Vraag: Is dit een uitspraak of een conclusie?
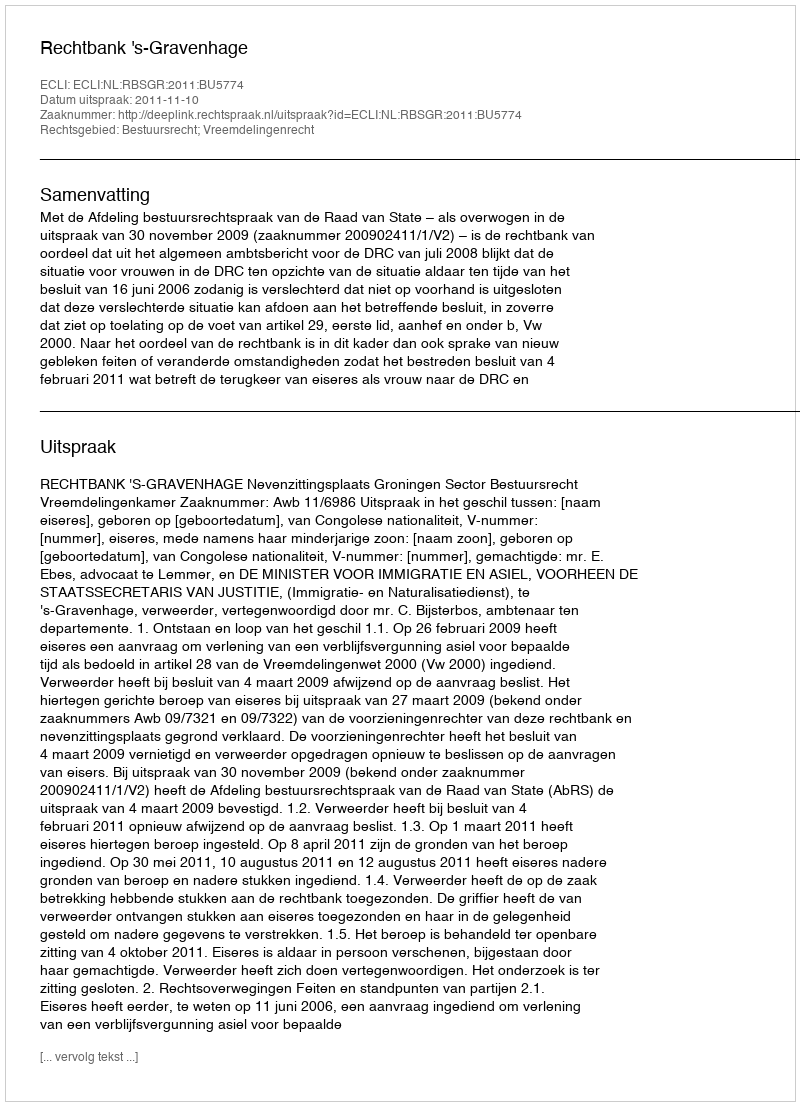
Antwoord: Uitspraak